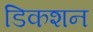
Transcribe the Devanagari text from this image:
डिकशन